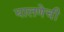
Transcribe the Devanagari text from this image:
घालणेची